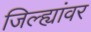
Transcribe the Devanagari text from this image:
जिल्ह्यांवर